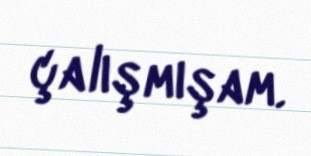
çalışmışam.